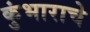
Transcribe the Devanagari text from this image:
कुंभाराचे